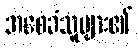
အစေခံသူများ၏